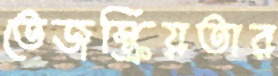
তেজস্ক্রিয়তার